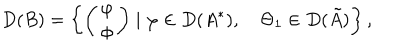
LaTeX: D ( B ) = \left\{ \left( \begin{array} { c } { { \varphi } } \\ { { \Phi } } \\ \end{array} \right) \mid \varphi \in D ( A ^ { * } ) , \quad \Theta _ { 1 } \in D ( \tilde { A } ) \right\} ,